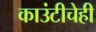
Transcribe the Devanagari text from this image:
काउंटीचेही